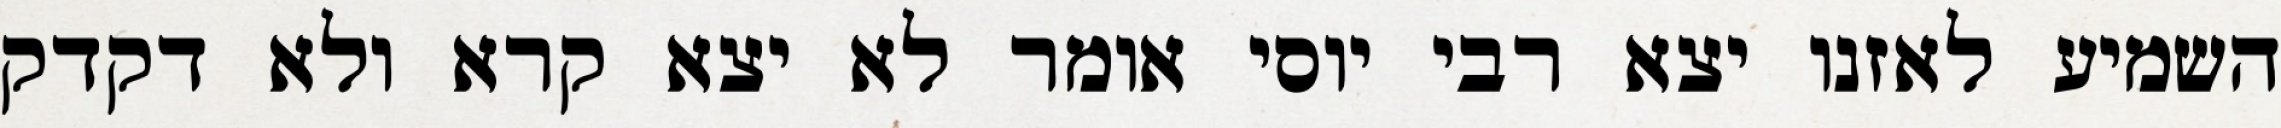
השמיע לאזנו יצא רבי יוסי אומר לא יצא קרא ולא דקדק